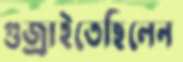
গুজ্‌রাইতেছিলেন